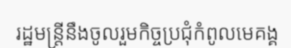
រដ្ឋមន្ត្រីនឹងចូលរួមកិច្ចប្រជុំកំពូលមេគង្គ